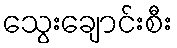
သွေးချောင်းစီး